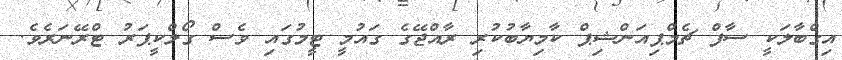
އިގްބާލަކީ ސާފް ޗެމްޕިއަންޝިޕް ކާމިޔާބުކުރި ރާއްޖޭގެ ގައުމީ ޓީމުގައި ވެސް ގޯލްކީޕަރު ޓްރޭނަރެވެ.